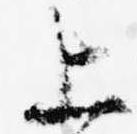
上